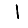
Digit: 1